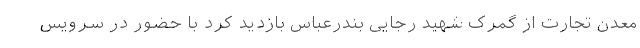
معدن تجارت از گمرک شهید رجایی بندرعباس بازدید کرد با حضور در سرویس